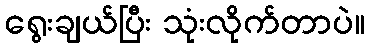
ရွေးချယ်ပြီး သုံးလိုက်တာပဲ။